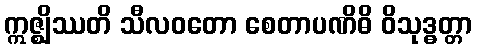
ဣဇ္ဈိဿတိ သီလဝတော စေတာပဏိဓိ ဝိသုဒ္ဓတ္တာ